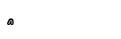
٣